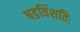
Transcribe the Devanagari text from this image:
षडविंशतिः